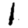
Digit: 1